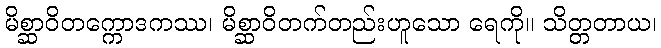
မိစ္ဆာဝိတက္ကောဒကဿ၊ မိစ္ဆာဝိတက်တည်းဟူသော ရေကို။ သိတ္တတာယ၊